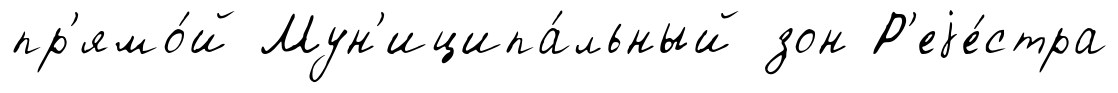
пр'ямо́й Мун'иципа́льный зон Р'еjе́стра